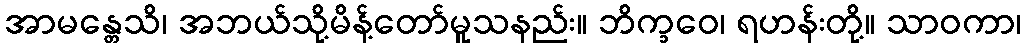
အာမန္တေသိ၊ အဘယ်သို့မိန့်တော်မူသနည်း။ ဘိက္ခဝေ၊ ရဟန်းတို့။ သာဝကာ၊